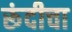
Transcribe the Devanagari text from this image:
रूंदीचा